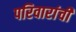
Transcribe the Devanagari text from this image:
परिवारांची